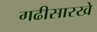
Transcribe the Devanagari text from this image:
गढीसारखे